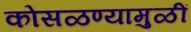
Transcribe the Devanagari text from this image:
कोसळण्यामुळीं